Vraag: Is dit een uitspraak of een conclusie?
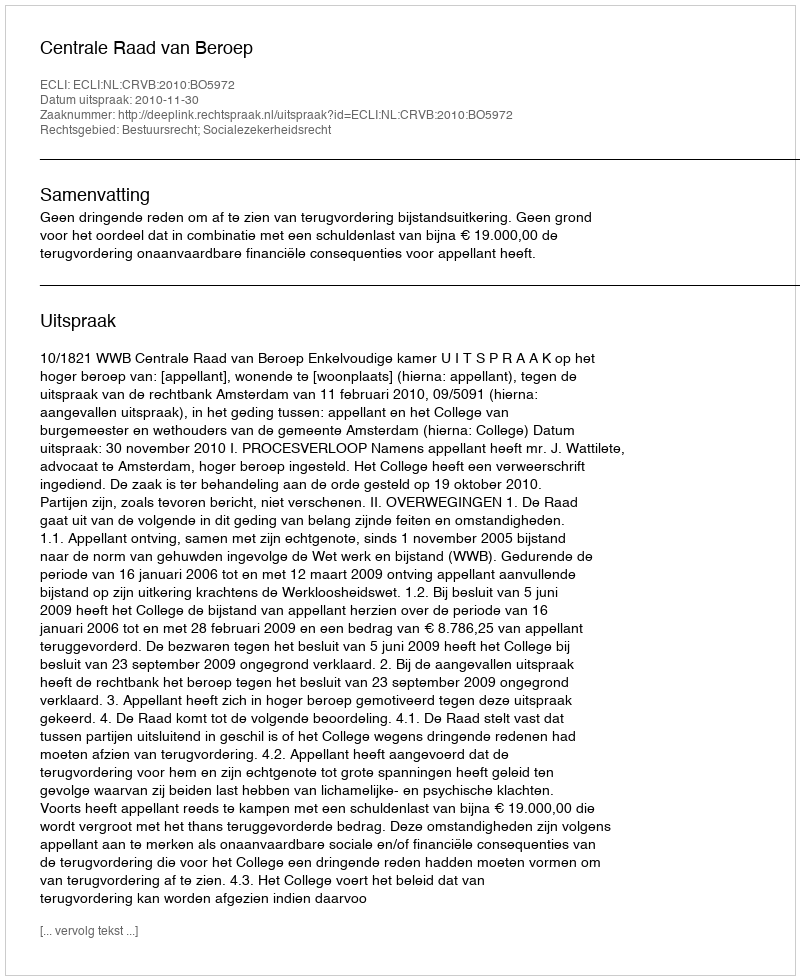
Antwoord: Uitspraak